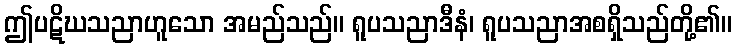
ဤပဋိဃသညာဟူသော အမည်သည်။ ရူပသညာဒီနံ၊ ရူပသညာအစရှိသည်တို့၏။